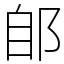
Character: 郋